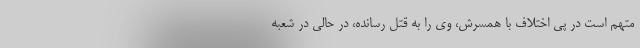
متهم است در پی اختلاف با همسرش، وی را به قتل رسانده، در حالی در شعبه